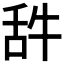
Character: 𦧋